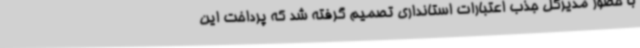
با حضور مدیرکل جذب اعتبارات استانداری تصمیم گرفته شد که پرداخت این